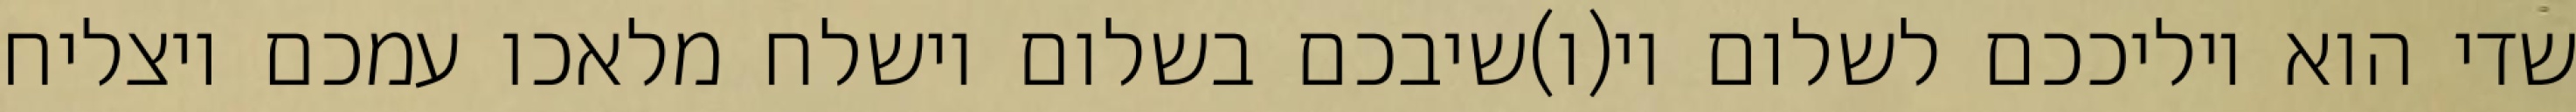
שדי הוא יוליככם לשלום וי(ו)שיבכם בשלום וישלח מלאכו עמכם ויצליח